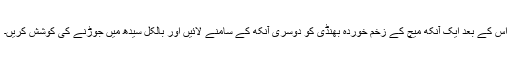
اس کے بعد ایک آنکھ میچ کے زخم خوردہ بھنڈی کو دوسری آنکھ کے سامنے لائیں اور بالکل سیدھ میں جوڑنے کی کوشش کریں۔